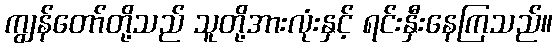
ကျွန်တော်တို့သည် သူတို့အားလုံးနှင့် ရင်းနှီးနေကြသည်။